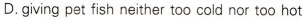
D.giving pet fish neither too cold nor too hot